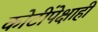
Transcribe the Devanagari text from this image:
कोटींपेक्षाही